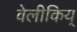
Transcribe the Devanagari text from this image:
वेलीकिय्